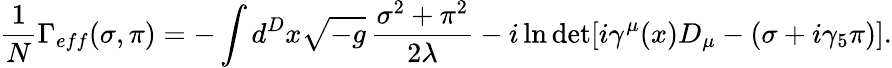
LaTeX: {\frac{1}{N}}\Gamma_{eff}(\sigma,\pi)=-\int d^{D}x\sqrt{-g}\, {\frac{\sigma^{2}+\pi^{2}}{2\lambda}}-i\ln\operatorname*{det}[i\gamma^{\mu}(x)D_{\mu}-(\sigma+i\gamma_{5}\pi)].